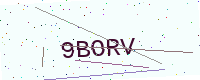
Text: 9BORV